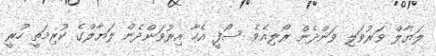
ލަޔާލް ވަރުވަލި ވަންދެން ރޯލިއެވެ. ސޯފީ އެހާ އިރުވަންދެން ލަޔާލްގެ ކުރިމަތީ ހުރީ